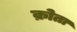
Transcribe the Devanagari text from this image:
क्रोता